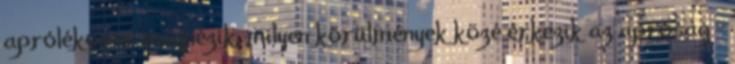
aprólékosan megnézik, milyen körülmények közé érkezik az apróság -